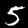
Label: 5